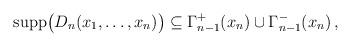
LaTeX: \begin{align*}\hbox{supp}\big(D_{n}(x_{1},\ldots ,x_{n})\big)\subseteq \Gamma^{+}_{n-1}(x_{n}) \cup \Gamma^{-}_{n-1}(x_{n})\, ,\end{align*}